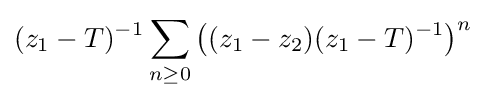
(z_{1}-T)^{-1}\sum _{n\geq 0}\left((z_{1}-z_{2})(z_{1}-T)^{-1}\right)^{n}